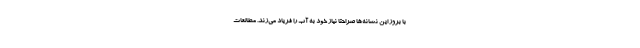
با بروز این نشانه‌ها صراحتا نیاز خود به آب را فریاد می‌زند. مطالعات